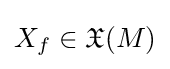
X_{f}\in {\mathfrak {X}}(M)